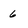
Character: 6